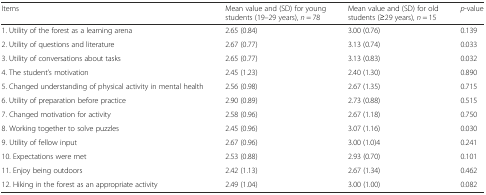
<table><thead><tr><td><b>Items</b></td><td><b>Mean value and (SD) for young students (19–29 years), <i>n</i> = 78</b></td><td><b>Mean value and (SD) for old students (≥29 years), <i>n</i> = 15</b></td><td><b><i>p</i>-value</b></td></tr></thead><tbody><tr><td>1. Utility of the forest as a learning arena</td><td>2.65 (0.84)</td><td>3.00 (0.76)</td><td>0.139</td></tr><tr><td>2. Utility of questions and literature</td><td>2.67 (0.77)</td><td>3.13 (0.74)</td><td>0.033</td></tr><tr><td>3. Utility of conversations about tasks</td><td>2.65 (0.77)</td><td>3.13 (0.83)</td><td>0.032</td></tr><tr><td>4. The student’s motivation</td><td>2.45 (1.23)</td><td>2.40 (1.30)</td><td>0.890</td></tr><tr><td>5. Changed understanding of physical activity in mental health</td><td>2.56 (0.98)</td><td>2.67 (1.35)</td><td>0.715</td></tr><tr><td>6. Utility of preparation before practice</td><td>2.90 (0.89)</td><td>2.73 (0.88)</td><td>0.515</td></tr><tr><td>7. Changed motivation for activity</td><td>2.58 (0.96)</td><td>2.67 (1.18)</td><td>0.750</td></tr><tr><td>8. Working together to solve puzzles</td><td>2.45 (0.96)</td><td>3.07 (1.16)</td><td>0.030</td></tr><tr><td>9. Utility of fellow input</td><td>2.67 (0.96)</td><td>3.00 (1.0)4</td><td>0.241</td></tr><tr><td>10. Expectations were met</td><td>2.53 (0.88)</td><td>2.93 (0.70)</td><td>0.101</td></tr><tr><td>11. Enjoy being outdoors</td><td>2.42 (1.13)</td><td>2.67 (1.34)</td><td>0.462</td></tr><tr><td>12. Hiking in the forest as an appropriate activity</td><td>2.49 (1.04)</td><td>3.00 (1.00)</td><td>0.082</td></tr></tbody></table>